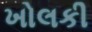
ખોલકી